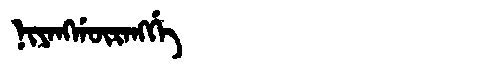
Manchu: ᠨᡳᠶᠠᠩᡤᡡᡵᠠᠩᡤᡝ
Romanization: NIYANGGŪRANGGE